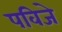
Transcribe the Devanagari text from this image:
पविजे